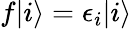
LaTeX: \begin{array}{r}{f|i\rangle=\epsilon_{i}|i\rangle}\end{array}